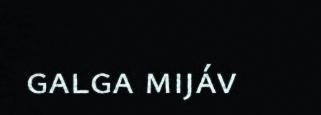
galga mijáv